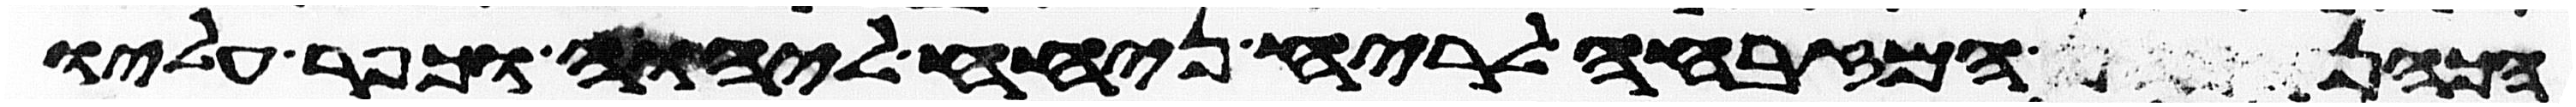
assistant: הכהן המזבחה לריח ניחח ליהוה וכפר עליו